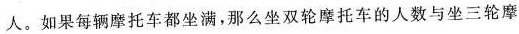
人。如果每辆摩托车都坐满，那么坐双轮摩托车的人数与坐三轮摩